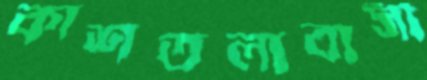
কাশতলাবাসী